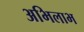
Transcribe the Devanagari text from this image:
अभिलाभ